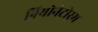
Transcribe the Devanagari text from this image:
नियोनेटोरम